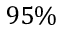
9 5 \%